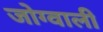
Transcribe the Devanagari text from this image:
जोग्वाली